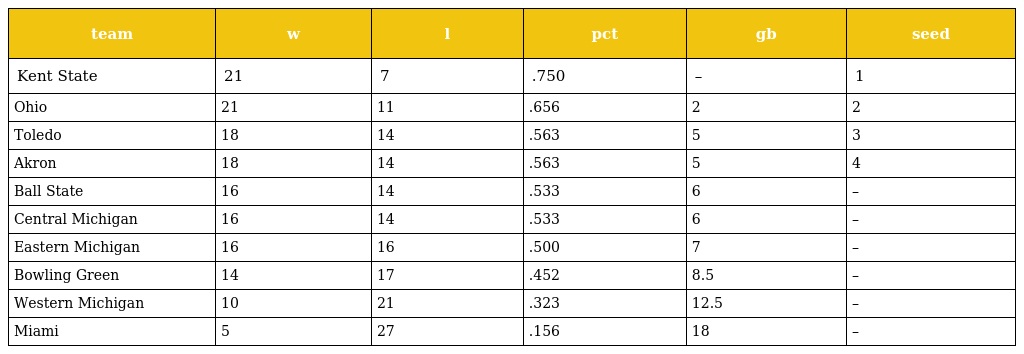
| team | w | l | pct | gb | seed |
 | --- | --- | --- | --- | --- | --- |
 | Kent State | 21 | 7 | .750 | – | 1 |
 | Ohio | 21 | 11 | .656 | 2 | 2 |
 | Toledo | 18 | 14 | .563 | 5 | 3 |
 | Akron | 18 | 14 | .563 | 5 | 4 |
 | Ball State | 16 | 14 | .533 | 6 | – |
 | Central Michigan | 16 | 14 | .533 | 6 | – |
 | Eastern Michigan | 16 | 16 | .500 | 7 | – |
 | Bowling Green | 14 | 17 | .452 | 8.5 | – |
 | Western Michigan | 10 | 21 | .323 | 12.5 | – |
 | Miami | 5 | 27 | .156 | 18 | – |